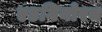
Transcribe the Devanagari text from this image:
एडगियोरम